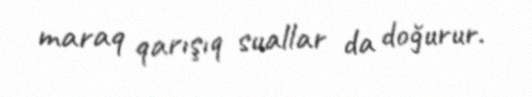
maraq qarışıq suallar da doğurur.